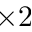
\times 2